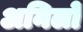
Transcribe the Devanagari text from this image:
अनिलो